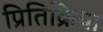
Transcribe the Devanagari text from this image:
प्रितिक्रिया